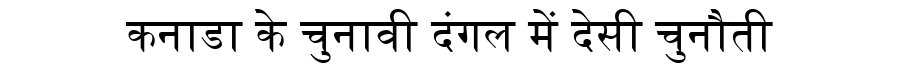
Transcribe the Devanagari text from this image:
कनाडा के चुनावी दंगल में देसी चुनौती